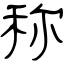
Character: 称